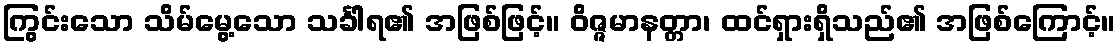
ကြွင်းသော သိမ်မွေ့သော သင်္ခါရ၏ အဖြစ်ဖြင့်။ ဝိဇ္ဇမာနတ္တာ၊ ထင်ရှားရှိသည်၏ အဖြစ်ကြောင့်။